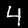
Digit: 4